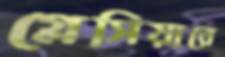
গ্লেসিয়ারে